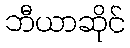
ဘီယာဆိုင်